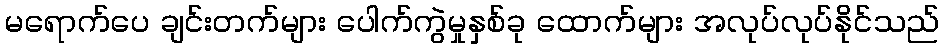
မရောက်ပေ ချင်းတက်များ ပေါက်ကွဲမှုနှစ်ခု ထောက်များ အလုပ်လုပ်နိုင်သည်